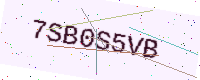
Text: 7SB0S5VB